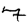
Digit: 7